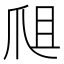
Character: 𤔈